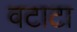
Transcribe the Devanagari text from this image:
वटाटा